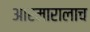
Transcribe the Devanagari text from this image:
आरमारालाच